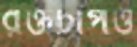
রক্তচাপও